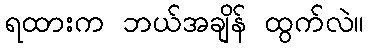
ရထားက ဘယ်အချိန် ထွက်လဲ။